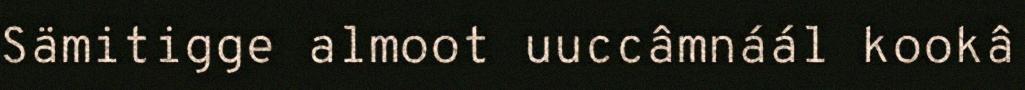
Sämitigge almoot uuccâmnáál kookâ